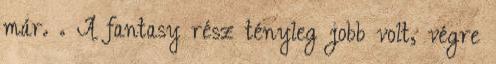
már. . A fantasy rész tényleg jobb volt, végre